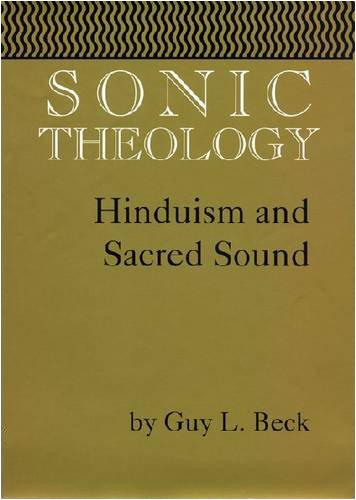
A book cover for Sonic Theology (Studies in Comparative Religion); Guy L. Beck; Religion & Spirituality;